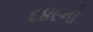
૬૪૯ની